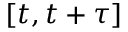
[ t , t + \tau ]